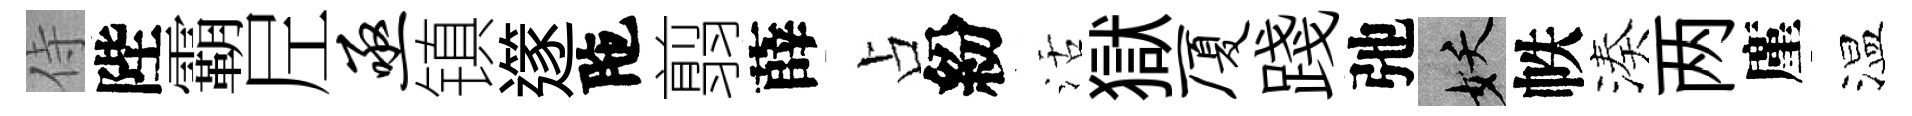
侍陛霸𡰱亟镇𨗹陁翦薛占紛活獄厦踐弛妖帙湊两廑温